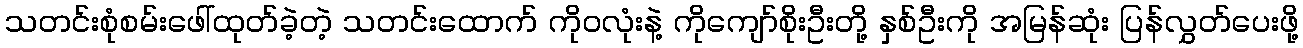
သတင်းစုံစမ်းဖေါ်ထုတ်ခဲ့တဲ့ သတင်းထောက် ကိုဝလုံးနဲ့ ကိုကျော်စိုးဦးတို့ နှစ်ဦးကို အမြန်ဆုံး ပြန်လွှတ်ပေးဖို့